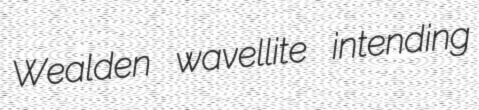
Wealden wavellite intending